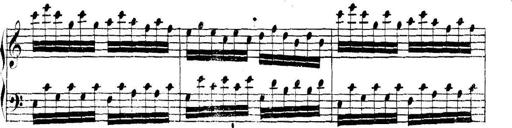
Title: Collected Piano Sonatas
Composer: Muzio Clementi